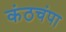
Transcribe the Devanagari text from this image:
कंठचंपा